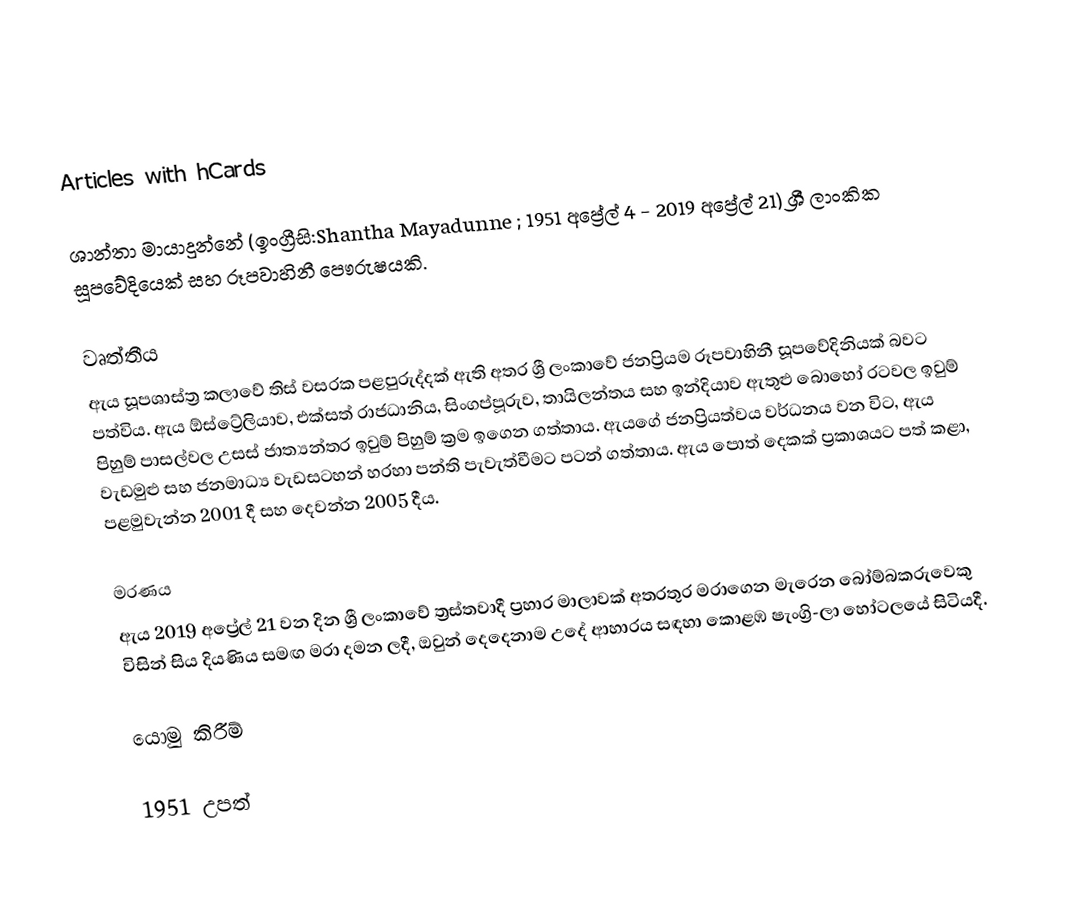
Articles with hCards

ශාන්තා මායාදුන්නේ (ඉංග්‍රීසි:Shantha Mayadunne ; 1951 අප්‍රේල්  4 - 2019 අප්‍රේල් 21) ශ්‍රී ලාංකික සූපවේදියෙක් සහ රූපවාහිනී පෞරුෂයකි.

වෘත්තීය
ඇය සූපශාස්ත්‍ර කලාවේ තිස් වසරක පළපුරුද්දක් ඇති අතර ශ්‍රී ලංකාවේ ජනප්‍රියම රූපවාහිනී සූපවේදිනියක් බවට පත්විය. ඇය ඕස්ට්‍රේලියාව, එක්සත් රාජධානිය, සිංගප්පූරුව, තායිලන්තය සහ ඉන්දියාව ඇතුළු බොහෝ රටවල ඉවුම් පිහුම් පාසල්වල උසස් ජාත්‍යන්තර ඉවුම් පිහුම් ක්‍රම ඉගෙන ගත්තාය. ඇයගේ ජනප්‍රියත්වය වර්ධනය වන විට, ඇය වැඩමුළු සහ ජනමාධ්‍ය වැඩසටහන් හරහා පන්ති පැවැත්වීමට පටන් ගත්තාය. ඇය පොත් දෙකක් ප්‍රකාශයට පත් කළා, පළමුවැන්න 2001 දී සහ දෙවන්න 2005 දීය.

මරණය
ඇය 2019 අප්‍රේල් 21 වන දින ශ්‍රී ලංකාවේ ත්‍රස්තවාදී ප්‍රහාර මාලාවක් අතරතුර මරාගෙන මැරෙන බෝම්බකරුවෙකු විසින් සිය දියණිය සමඟ මරා දමන ලදී, ඔවුන් දෙදෙනාම උදේ ආහාරය සඳහා කොළඹ ෂැංග්‍රි-ලා හෝටලයේ සිටියදී.

යොමු කිරීම්

1951 උපත්